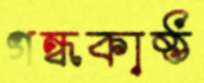
গন্ধকাষ্ঠ